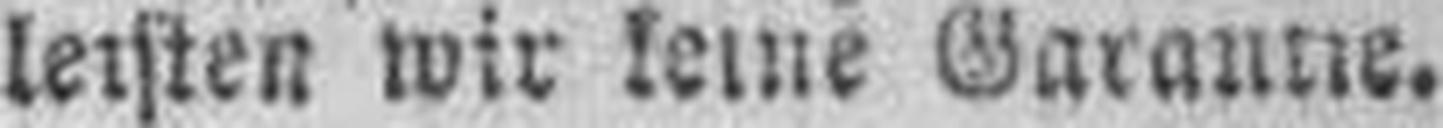
leisten wir keine Garantie.